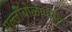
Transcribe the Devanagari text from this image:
गल्लीबोळापासून